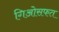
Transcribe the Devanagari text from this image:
गिओसफत